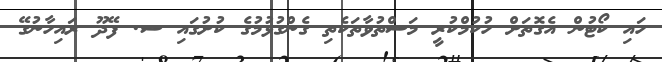
ހައި ކޯޓުން އެގޮތަށް ހުކުމްކުރީ މަސްތުވާތަކެތި ގެންގުޅުމުގެ ކުށުގައި ސ. ފޭދޫ ރައިހާނުގޭ